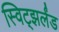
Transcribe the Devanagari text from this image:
स्विट्झर्लंड